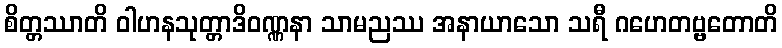
စိတ္တဿာတိ ဝါဟနသုတ္တာဒိဝဏ္ဏနာ သာမညဿ အနာယာသော သရီ ဂဟေတဗ္ဗတောတိ